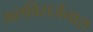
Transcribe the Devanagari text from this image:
मलविसर्जनास